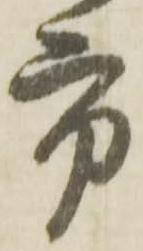
市